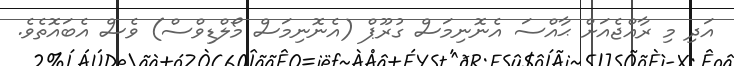
އަދި މި ރާއްޖެއަށް ޙާއްސަ އެނޮނިމަސް ގުރޫޕް (އެނޮނިމަސް މޯލްޑިވްސް) ވެސް އެބައޮތެވެ.